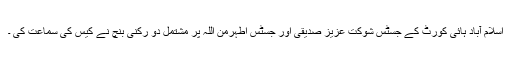
اسلام آباد ہائی کورٹ کے جسٹس شوکت عزیز صدیقی اور جسٹس اطہرمن اللہ پر مشتمل دو رکنی بنچ نے کیس کی سماعت کی ۔